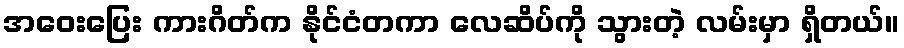
အဝေးပြေး ကားဂိတ်က နိုင်ငံတကာ လေဆိပ်ကို သွားတဲ့ လမ်းမှာ ရှိတယ်။